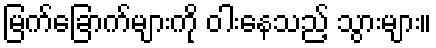
မြက်ခြောက်များကို ဝါးနေသည့် သွားများ။